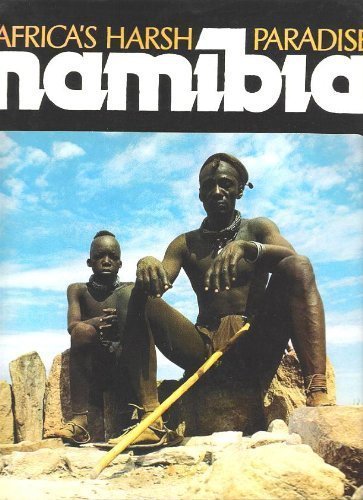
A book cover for Namibia: Africa's Harsh Paradise; Anthony Bannister; Travel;